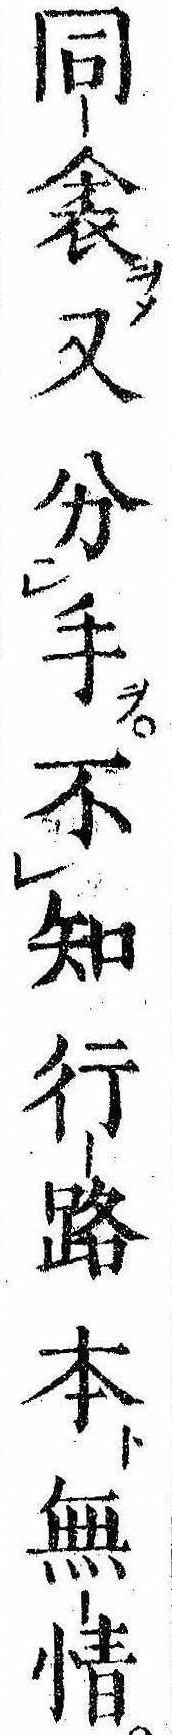
同衾又分手不知行路本無情